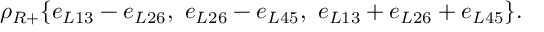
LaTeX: \rho _ { R + } \{ e _ { L 1 3 } - e _ { L 2 6 } , \, \, e _ { L 2 6 } - e _ { L 4 5 } , \, \, e _ { L 1 3 } + e _ { L 2 6 } + e _ { L 4 5 } \} .